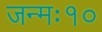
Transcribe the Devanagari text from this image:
जन्मः१०